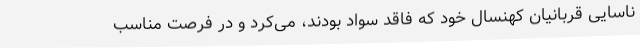
ناسایی قربانیان کهنسال خود که فاقد سواد بودند، می‌کرد و در فرصت مناسب